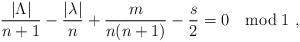
LaTeX: \begin{align*}\frac{|\Lambda|}{n+1}-\frac{|\lambda|}{n}+{m\over n(n+1)}-{s \over 2}=0 \quad \mbox{mod} \; 1~, \end{align*}